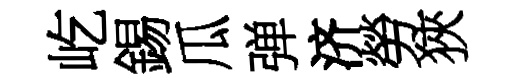
屹錫瓜弹济勞狹